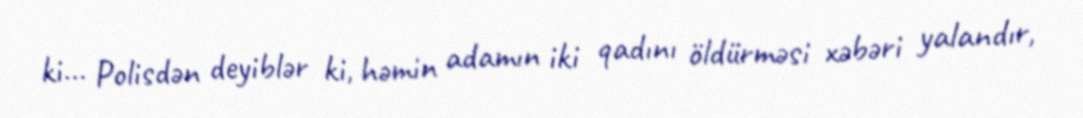
ki... Polisdən deyiblər ki, həmin adamın iki qadını öldürməsi xəbəri yalandır,